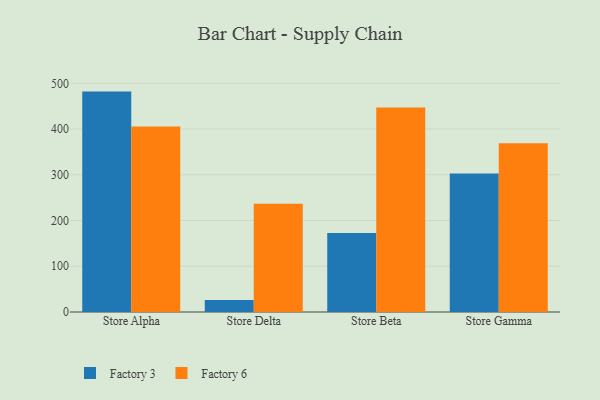
{"axis": {"x": "Store", "y": "Tickets Resolved"}, "legend": ["Factory 3", "Factory 6"], "data": [{"x": "Store Alpha", "y": 481.9, "type": "Factory 3"}, {"x": "Store Alpha", "y": 405.8, "type": "Factory 6"}, {"x": "Store Delta", "y": 26.3, "type": "Factory 3"}, {"x": "Store Delta", "y": 236.8, "type": "Factory 6"}, {"x": "Store Beta", "y": 172.5, "type": "Factory 3"}, {"x": "Store Beta", "y": 447.4, "type": "Factory 6"}, {"x": "Store Gamma", "y": 302.6, "type": "Factory 3"}, {"x": "Store Gamma", "y": 369.0, "type": "Factory 6"}]}